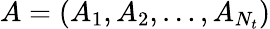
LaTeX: A=(A_{1},A_{2},\ldots,A_{N_{t}})